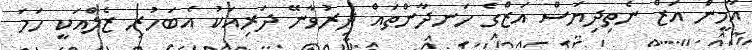
އާމީން އަޒް ނެތިދިޔަސް އަޒްގެ ހަނދާންތައް ދިރުވާނޭ ދަރިއަކު އެބަހުރި ޒެލްއަކީ ހަމަ